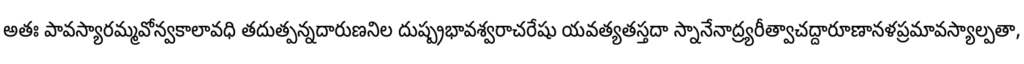
అతః పావస్యారమ్మవోన్వకాలావధి తదుత్పన్నదారుణనిల దుష్ప్రభావశ్వరాచరేషు యవత్యతస్తదా స్నానేనాద్ర్యరీత్వాచద్దారూణానళప్రమావస్యాల్పతా,